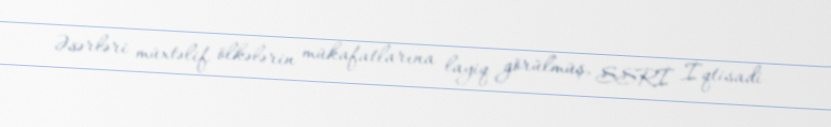
Əsərləri müxtəlif ölkələrin mükafatlarına layiq görülmüş, SSRİ İqtisadi